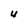
Character: U